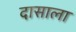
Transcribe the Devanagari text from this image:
दासाला